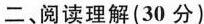
二、阅读理解(30分)